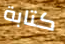
كتابة